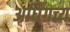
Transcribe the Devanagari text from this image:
अधिगच्य